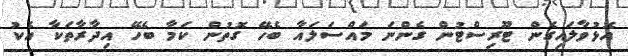
އޮޅުވާލައިގެން ޓޫރިސްޓުން ގެންނަ މައްސަލައާ ބެހޭ ގޮތުން ކަމާ ބެހޭ އިދާރާތަކާ އެކު